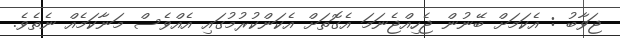
ޖަވާބު : އެކަމަށް ބޭނުން ޖެހިއްޖެނަމަ އެގޮތަށް އެކަންކުރުމުގައި އެއްވެސް މަނާކަމެއް ނެތެވެ.